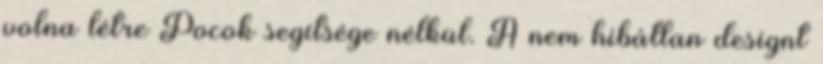
volna létre Pocok segítsége nélkül. A nem hibátlan designt